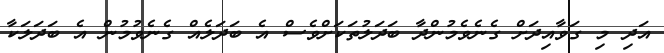
އަދި މި ގަވާއިދަށް ގެނެވެމުންދާ ބަދަލުތަކަށްވެސް އެ ބަދަލެއް ގެނެވުމުން އެ ބަދަލަކާ